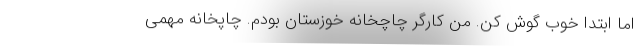
اما ابتدا خوب گوش کن. من کارگر چاچخانه خوزستان بودم. چاپخانه مهمی